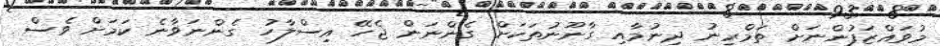
މުވައްޒަފުންނަށް ތަމްރީނު ދިނުމާއި ގާނޫނުތަކަށް ގެންނަން ޖެހޭ އިސްލާހު ގެންނަވާނެ ކަމަށް ވެސް